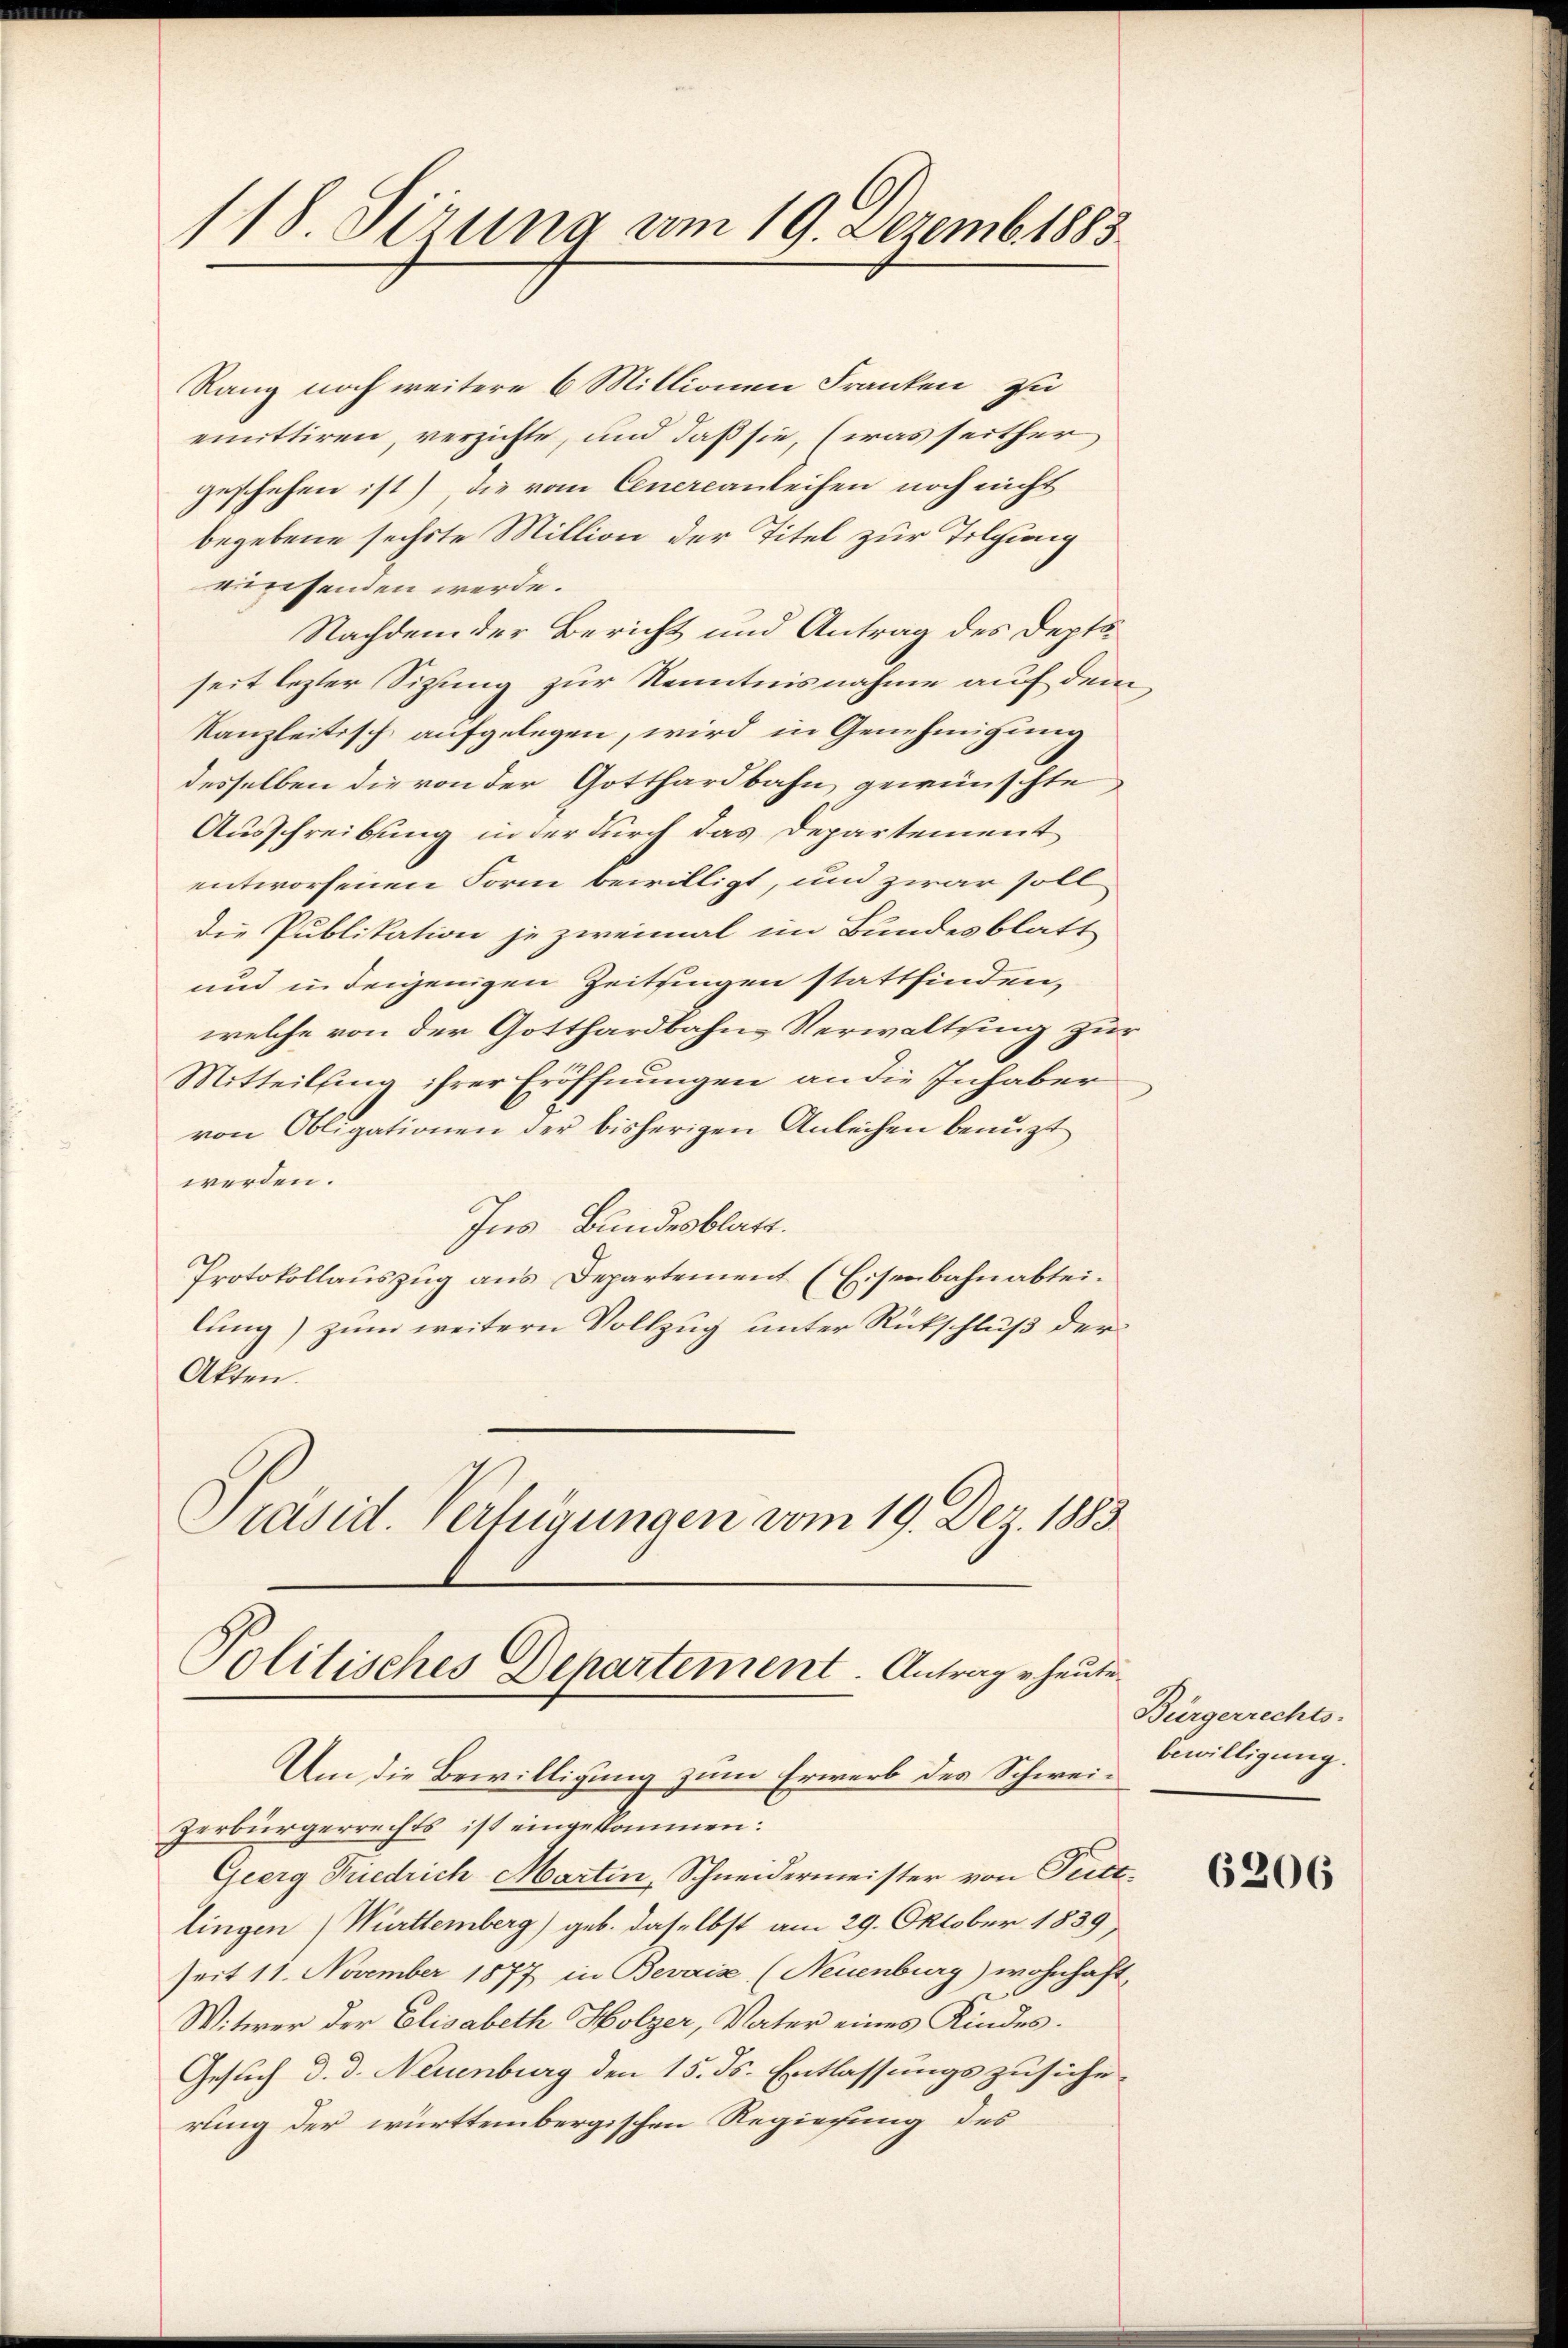
118. Sirung am 19. Dezemb. 1883

Rang noch weitere 6 Millionen Franken zu
emittiren, verzichte, und daß sie, (was seither
geschehen ist) die vom Cenercanleihen noch nicht
begebene sechste Million der Titel zur Tilgung
einsenden werde.
Nachdem der Bericht und Antrag des Deptsseit lezter Sitzung zur Kenntnisnahme auf dem
kanzleitisch aufgelegen, wird in Genehmigung
desselben die von der Gotthardbahn gewünschte
Ausschreibung in der durch das Departement
entworfenen Form bewilligt, und zwar soll
die Publikation je zweimal im Bundesblatt
und in denjenigen Zeitsingen stattfinden,
welche von der Gotthardbahns Verwaltung zur
Mitteilsing ihrer Eröffnungen an die Inhaber
von Obligationen der bisherigen Anleihen benuzt
werden.
Ins Bundesblatt.
Protokollauszug aus Departement (Eisenbahnabteilung) zum weitern Vollzug unter Rückschluß der
Atten.
Präsid. Verfügungen vom 19. Dez. 1883

Politisches Departement. Antrag heute

Um die Bewilligung zum Erwerb des Schweizerbürgerrechts ist eingekommen:
Geerg Friedrich Martin, Schneidermeister von Tuttlingen (Württemberg) geb. daselbst am 29. Oktober 1839
Zeit 11. November 1877 in Bevaise, (Neuenburg) wohnhaft
Witwer der Elisabeth Holzer, Vater eines Kindes.
Gesuch d. d. Neuenburg den 15. ds. Entlassungszusiche
rung der württembergischen Regierung des

Bürgerrechts-
bewilligung.

6206